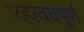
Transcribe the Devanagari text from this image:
महत्ववपूर्ण